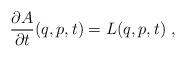
LaTeX: \begin{align*}\frac{\partial A}{\partial t}(q,p,t)=L(q,p,t) \ ,\end{align*}